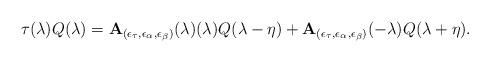
LaTeX: \begin{align*}\tau (\lambda)Q(\lambda )=\mathbf{A}_{(\epsilon _{\tau },\epsilon _{\alpha },\epsilon_{\beta })}(\lambda )(\lambda )Q(\lambda -\eta )+\mathbf{A}_{(\epsilon_{\tau },\epsilon _{\alpha },\epsilon _{\beta })}(-\lambda )Q(\lambda +\eta).\end{align*}